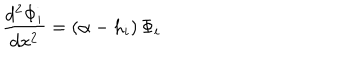
{ \frac { d ^ { 2 } \Phi _ { i } } { d x ^ { 2 } } } = ( \alpha - h _ { i } ) \, \Phi _ { i }